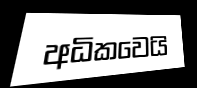
අධිකවෙයි